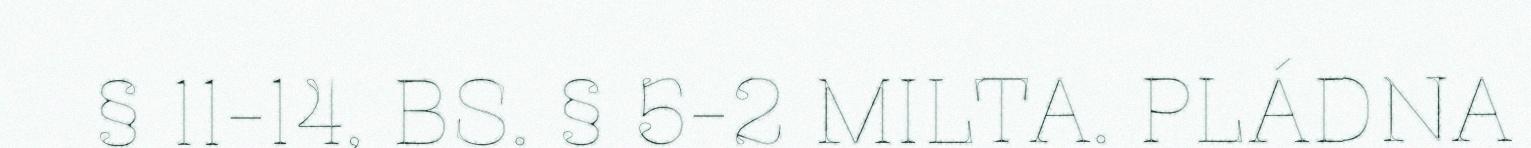
§ 11-14, BS. § 5-2 MILTA. PLÁDNA